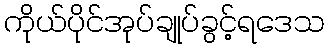
ကိုယ်ပိုင်အုပ်ချုပ်ခွင့်ရဒေသ